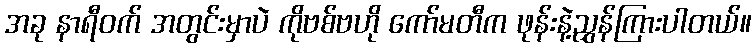
အခု နာရီဝက် အတွင်းမှာပဲ ကိုဗစ်ဗဟို ကော်မတီက ဖုန်းနဲ့ညွှန်ကြားပါတယ်။